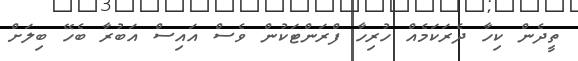
ތީދެން ކިހާ ދެރަކަމެއް ހުރިހާ ފްރަންޓަކުން ވެސް އައިސް އަބުރާ ބެހޭ ބިލަށް